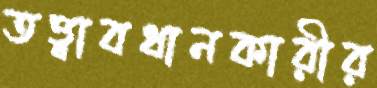
তত্ত্বাবধানকারীর